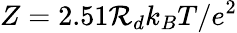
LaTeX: Z=2.51\mathcal{R}_{d}k_{B}T/e^{2}